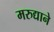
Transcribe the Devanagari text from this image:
मरुद्याने